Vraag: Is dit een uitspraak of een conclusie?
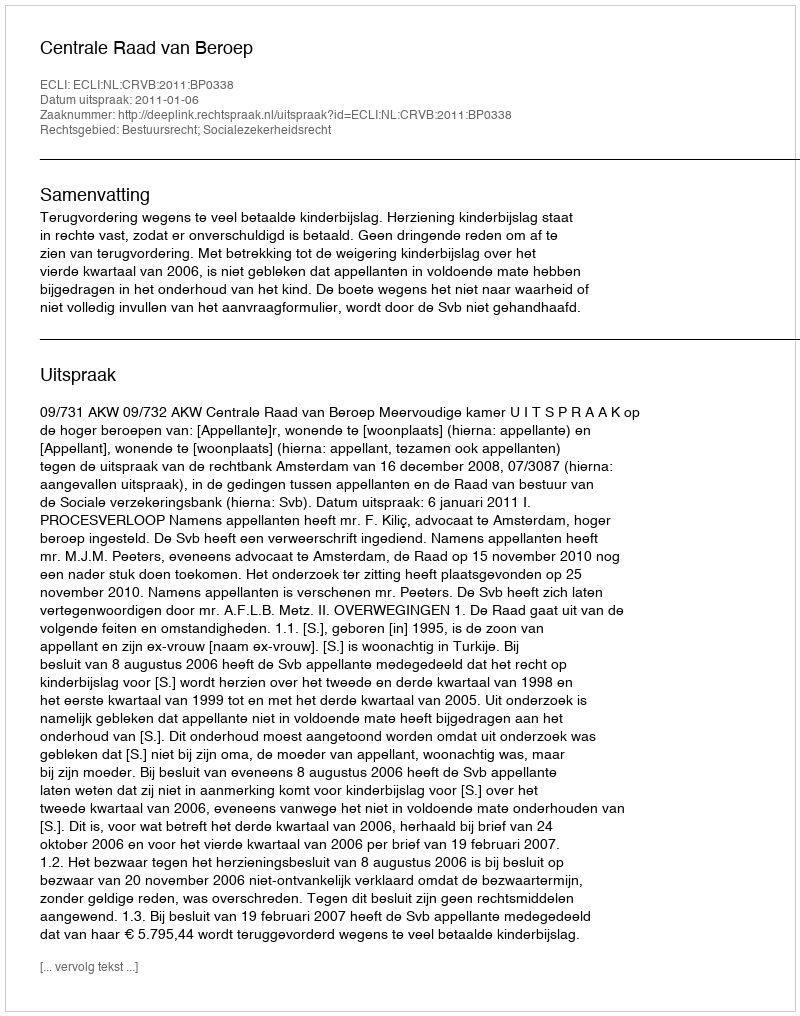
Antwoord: Uitspraak